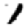
Digit: 1